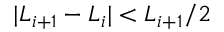
\vert L _ { i + 1 } - L _ { i } \vert < L _ { i + 1 } / 2